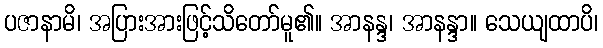
ပဇာနာမိ၊ အပြားအားဖြင့်သိတော်မူ၏။ အာနန္ဒ၊ အာနန္ဒာ။ သေယျထာပိ၊